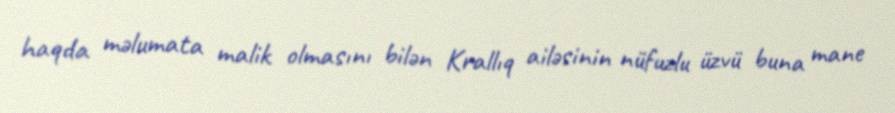
haqda məlumata malik olmasını bilən Krallıq ailəsinin nüfuzlu üzvü buna mane